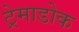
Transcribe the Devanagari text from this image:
ट्रेमाडोक